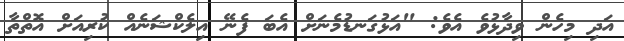
އަދި މިހެން ވިދާޅުވެ އެވެ: "އަޅުގަނޑުމެނަށް އެބަ ފެނޭ އިލެކްޝަނެއް ކުރިއަށް އޮތްތާ